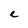
Character: e